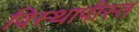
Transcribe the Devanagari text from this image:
विस्थापीस्त